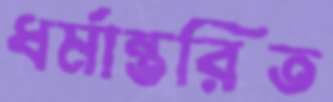
ধর্মান্তরিত